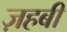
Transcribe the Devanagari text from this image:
ज़हबी